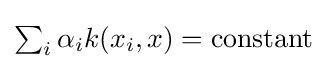
\textstyle \sum _{i}\alpha _{i}k(x_{i},x)={\text{constant}}